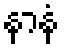
နာနံ